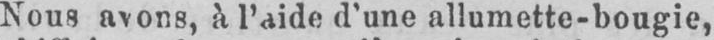
Nous avons, à l’aide d’une allumette-bougie,